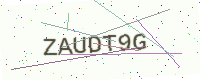
Text: ZAUDT9G